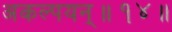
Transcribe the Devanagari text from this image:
अकल्पयन्॥१४॥